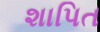
શાપિત